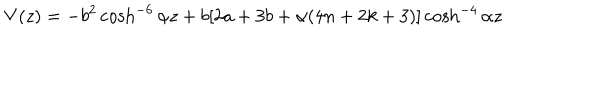
LaTeX: V ( z ) = - b ^ { 2 } \cosh ^ { - 6 } { \alpha z } + b [ 2 a + 3 b + \alpha ( 4 n + 2 k + 3 ) ] \cosh ^ { - 4 } { \alpha z }